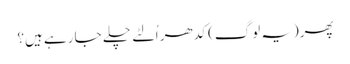
پھر(یہ لوگ) کدھر اُلٹے چلے جا رہے ہیں؟